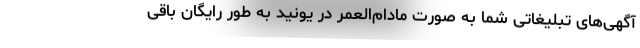
آگهی‌های تبلیغاتی شما به صورت مادام‌العمر در یونید به طور رایگان باقی